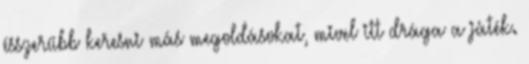
ésszerűbb keresni más megoldásokat, mivel itt drága a játék.